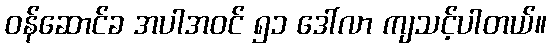
ဝန်ဆောင်ခ အပါအဝင် ၅၁ ဒေါ်လာ ကျသင့်ပါတယ်။